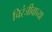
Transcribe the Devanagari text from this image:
चिरंजीवाच्या